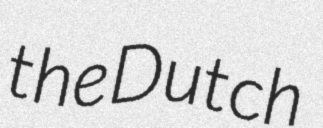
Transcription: the Dutch